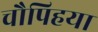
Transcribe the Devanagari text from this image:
चौपिहया